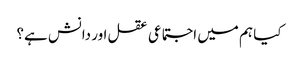
کیا ہم میں اجتماعی عقل اور دانش ہے؟